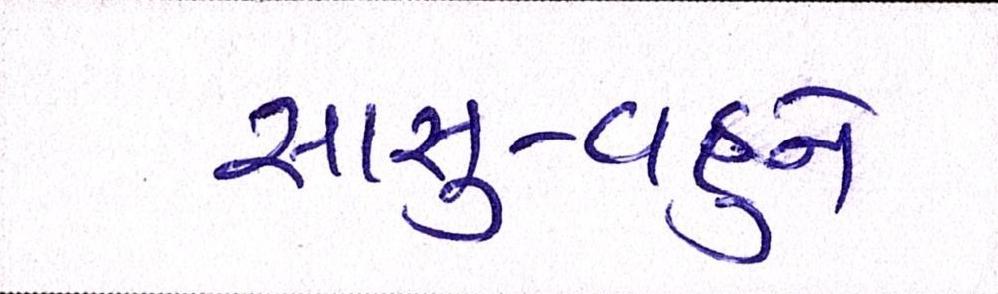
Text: સાસુ-વહુને